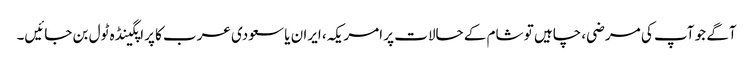
آگے جو آپ کی مرضی، چاہیں تو شام کے حالات پر امریکہ، ایران یا سعودی عرب کا پراپگینڈہ ٹول بن جائیں۔